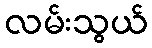
လမ်းသွယ်